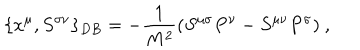
\{ x ^ { \mu } , S ^ { \sigma \nu } \} _ { D B } = - \frac { 1 } { M ^ { 2 } } ( S ^ { \mu \sigma } P ^ { \nu } - S ^ { \mu \nu } P ^ { \sigma } ) ~ ,